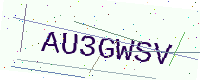
Text: AU3GWSV